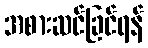
အစားဆင်ခြင်ရန်